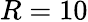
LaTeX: R=10